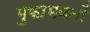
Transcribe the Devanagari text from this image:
गुफाभवनों